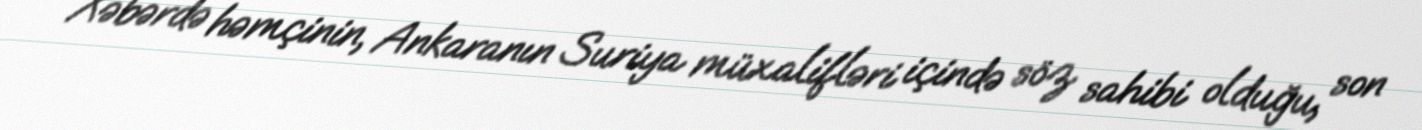
Xəbərdə həmçinin, Ankaranın Suriya müxalifləri içində söz sahibi olduğu, son